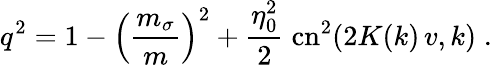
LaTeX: q^{2}=1-\left({\frac{m_{\sigma}}{m}}\right)^{2}+{\frac{\eta_{0}^{2}}{2}}\; \mathrm{cn}^{2}(2K(k)\, v,k)\; .